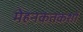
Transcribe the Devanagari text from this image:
मेहनकतकशों